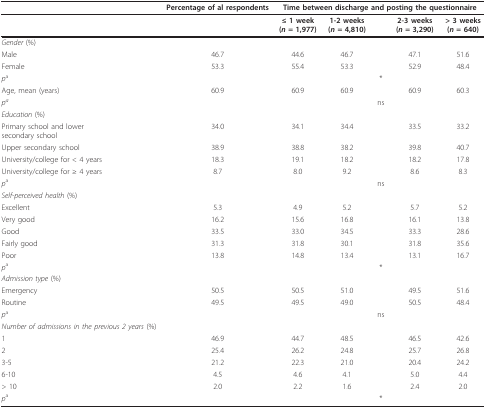
<table><thead><tr><td></td><td><b>Percentage of al respondents</b></td><td colspan="5"><b>Time between discharge and posting the questionnaire</b></td></tr></thead><tbody><tr><td></td><td></td><td><b>≤ 1 week</b><b>(<i>n </i>= 1,977)</b></td><td><b>1-2 weeks</b><b>(<i>n </i>= 4,810)</b></td><td></td><td><b>2-3 weeks</b><b>(<i>n </i>= 3,290)</b></td><td><b>&gt; 3 weeks</b><b>(<i>n </i>= 640)</b></td></tr><tr><td><i>Gender </i>(%)</td><td></td><td></td><td></td><td></td><td></td><td></td></tr><tr><td>Male</td><td>46.7</td><td>44.6</td><td>46.7</td><td></td><td>47.1</td><td>51.6</td></tr><tr><td>Female</td><td>53.3</td><td>55.4</td><td>53.3</td><td></td><td>52.9</td><td>48.4</td></tr><tr><td><i>p</i><sup>a</sup></td><td></td><td></td><td></td><td>*</td><td></td><td></td></tr><tr><td>Age, mean (years)</td><td>60.9</td><td>60.9</td><td>60.9</td><td></td><td>60.9</td><td>60.3</td></tr><tr><td><i>p<sup>a</sup></i></td><td></td><td></td><td></td><td>ns</td><td></td><td></td></tr><tr><td><i>Education </i>(%)</td><td></td><td></td><td></td><td></td><td></td><td></td></tr><tr><td>Primary school and lowersecondary school</td><td>34.0</td><td>34.1</td><td>34.4</td><td></td><td>33.5</td><td>33.2</td></tr><tr><td>Upper secondary school</td><td>38.9</td><td>38.8</td><td>38.2</td><td></td><td>39.8</td><td>40.7</td></tr><tr><td>University/college for &lt; 4 years</td><td>18.3</td><td>19.1</td><td>18.2</td><td></td><td>18.2</td><td>17.8</td></tr><tr><td>University/college for ≥ 4 years</td><td>8.7</td><td>8.0</td><td>9.2</td><td></td><td>8.6</td><td>8.3</td></tr><tr><td><i>p</i><sup>a</sup></td><td></td><td></td><td></td><td>ns</td><td></td><td></td></tr><tr><td><i>Self-perceived health </i>(%)</td><td></td><td></td><td></td><td></td><td></td><td></td></tr><tr><td>Excellent</td><td>5.3</td><td>4.9</td><td>5.2</td><td></td><td>5.7</td><td>5.2</td></tr><tr><td>Very good</td><td>16.2</td><td>15.6</td><td>16.8</td><td></td><td>16.1</td><td>13.8</td></tr><tr><td>Good</td><td>33.5</td><td>33.0</td><td>34.5</td><td></td><td>33.3</td><td>28.6</td></tr><tr><td>Fairly good</td><td>31.3</td><td>31.8</td><td>30.1</td><td></td><td>31.8</td><td>35.6</td></tr><tr><td>Poor</td><td>13.8</td><td>14.8</td><td>13.4</td><td></td><td>13.1</td><td>16.7</td></tr><tr><td><i>p</i><sup>a</sup></td><td></td><td></td><td></td><td>*</td><td></td><td></td></tr><tr><td><i>Admission type </i>(%)</td><td></td><td></td><td></td><td></td><td></td><td></td></tr><tr><td>Emergency</td><td>50.5</td><td>50.5</td><td>51.0</td><td></td><td>49.5</td><td>51.6</td></tr><tr><td>Routine</td><td>49.5</td><td>49.5</td><td>49.0</td><td></td><td>50.5</td><td>48.4</td></tr><tr><td><i>p</i><sup>a</sup></td><td></td><td></td><td></td><td>ns</td><td></td><td></td></tr><tr><td><i>Number of admissions in the previous 2 years </i>(%)</td><td></td><td></td><td></td><td></td><td></td><td></td></tr><tr><td>1</td><td>46.9</td><td>44.7</td><td>48.5</td><td></td><td>46.5</td><td>42.6</td></tr><tr><td>2</td><td>25.4</td><td>26.2</td><td>24.8</td><td></td><td>25.7</td><td>26.8</td></tr><tr><td>3-5</td><td>21.2</td><td>22.3</td><td>21.0</td><td></td><td>20.4</td><td>24.2</td></tr><tr><td>6-10</td><td>4.5</td><td>4.6</td><td>4.1</td><td></td><td>5.0</td><td>4.4</td></tr><tr><td>&gt; 10</td><td>2.0</td><td>2.2</td><td>1.6</td><td></td><td>2.4</td><td>2.0</td></tr><tr><td><i>p</i><sup>a</sup></td><td></td><td></td><td></td><td>*</td><td></td><td></td></tr></tbody></table>